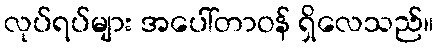
လုပ်ရပ်များ အပေါ်တာဝန် ရှိလေသည်။